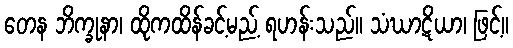
တေန ဘိက္ခုနာ၊ ထိုကထိန်ခင့်မည့် ရဟန်းသည်။ သံဃာဋိယာ၊ ဖြင့်။